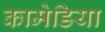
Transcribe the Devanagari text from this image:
कामेडिया